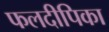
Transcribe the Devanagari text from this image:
फलदीपिका